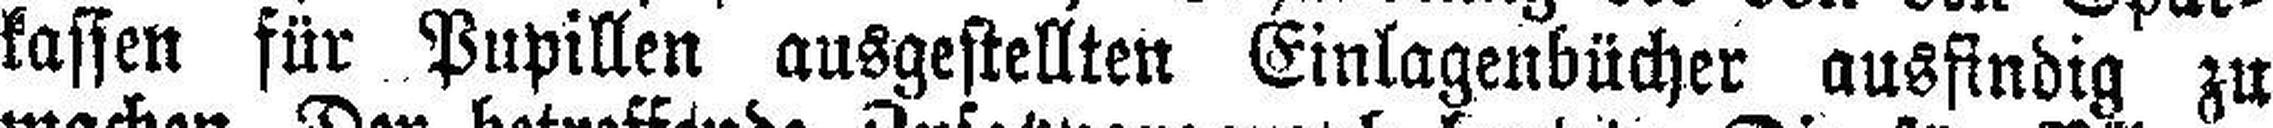
kassen für Pupillen ausgestellten Einlagenbücher ausfindig zu